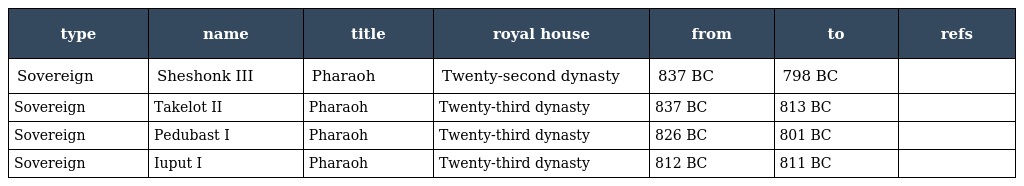
| type | name | title | royal house | from | to | refs |
 | --- | --- | --- | --- | --- | --- | --- |
 | Sovereign | Sheshonk III | Pharaoh | Twenty-second dynasty | 837 BC | 798 BC |  |
 | Sovereign | Takelot II | Pharaoh | Twenty-third dynasty | 837 BC | 813 BC |  |
 | Sovereign | Pedubast I | Pharaoh | Twenty-third dynasty | 826 BC | 801 BC |  |
 | Sovereign | Iuput I | Pharaoh | Twenty-third dynasty | 812 BC | 811 BC |  |